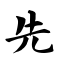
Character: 先